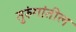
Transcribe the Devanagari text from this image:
तुरुंगांतील